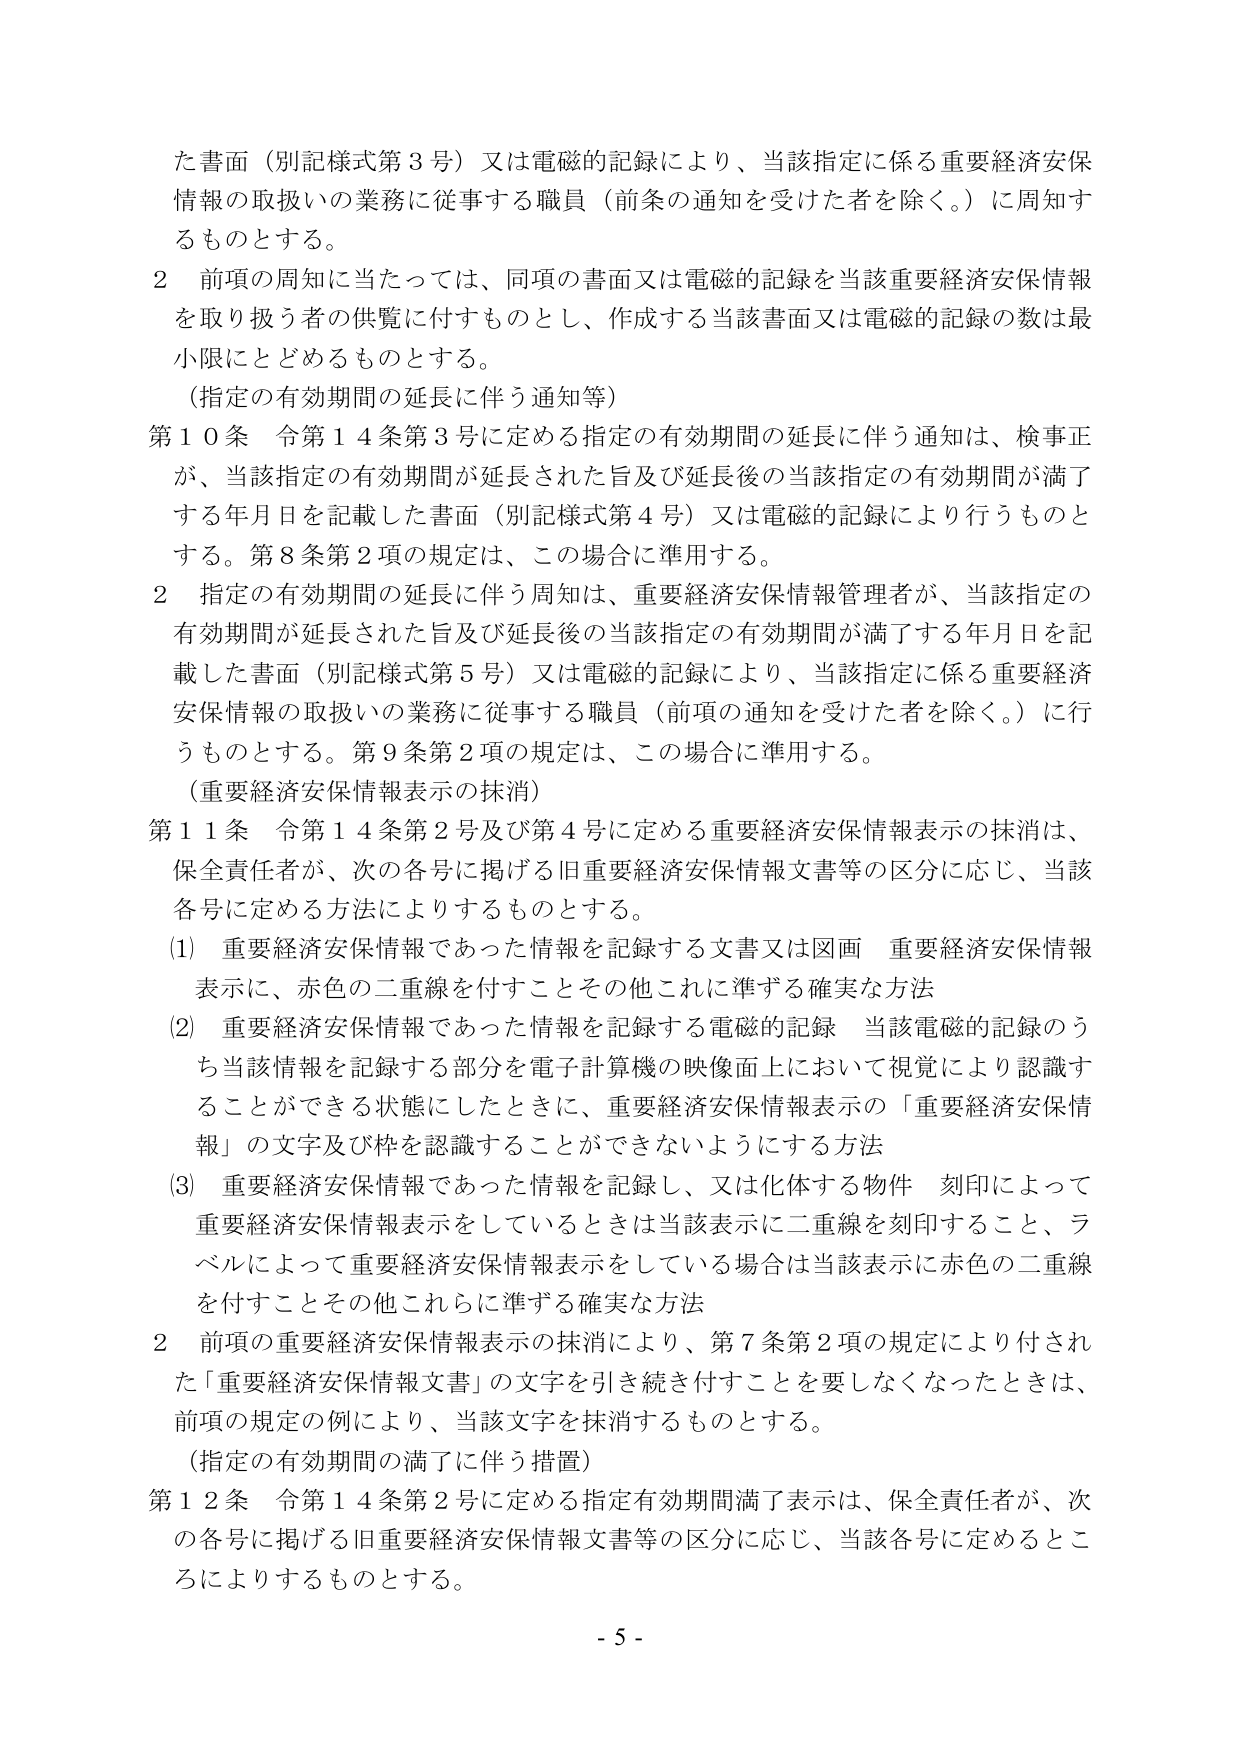
た書面（別記様式第３号）又は電磁的記録により、当該指定に係る重要経済安保情報の取扱いの業務に従事する職員（前条の通知を受けた者を除く。）に周知するものとする。

２ 前項の周知に当たっては、同項の書面又は電磁的記録を当該重要経済安保情報を取り扱う者の供覧に付すものとし、作成する当該書面又は電磁的記録の数は最小限にとどめるものとする。

（指定の有効期間の延長に伴う通知等）

第１０条 令第１４条第３号に定める指定の有効期間の延長に伴う通知は、検事正が、当該指定の有効期間が延長された旨及び延長後の当該指定の有効期間が満了する年月日を記載した書面（別記様式第４号）又は電磁的記録により行うものとする。第８条第２項の規定は、この場合に準用する。

２ 指定の有効期間の延長に伴う周知は、重要経済安保情報管理者が、当該指定の有効期間が延長された旨及び延長後の当該指定の有効期間が満了する年月日を記載した書面（別記様式第５号）又は電磁的記録により、当該指定に係る重要経済安保情報の取扱いの業務に従事する職員（前項の通知を受けた者を除く。）に行うものとする。第９条第２項の規定は、この場合に準用する。

（重要経済安保情報表示の抹消）

第１１条 令第１４条第２号及び第４号に定める重要経済安保情報表示の抹消は、保全責任者が、次の各号に掲げる旧重要経済安保情報文書等の区分に応じ、当該各号に定める方法によりするものとする。

(1) 重要経済安保情報であった情報を記録する文書又は図画 重要経済安保情報表示に、赤色の二重線を付すことその他これに準ずる確実な方法

(2) 重要経済安保情報であった情報を記録する電磁的記録 当該電磁的記録のうち当該情報を記録する部分を電子計算機の映像面上において視覚により認識することができる状態にしたときに、重要経済安保情報表示の「重要経済安保情報」の文字及び枠を認識することができないようにする方法

(3) 重要経済安保情報であった情報を記録し、又は化体する物件 刻印によって重要経済安保情報表示をしているときは当該表示に二重線を刻印すること、ラベルによって重要経済安保情報表示をしている場合は当該表示に赤色の二重線を付すことその他これらに準ずる確実な方法

２ 前項の重要経済安保情報表示の抹消により、第７条第２項の規定により付された「重要経済安保情報文書」の文字を引き続き付すことを要しなくなったときは、前項の規定の例により、当該文字を抹消するものとする。

（指定の有効期間の満了に伴う措置）

第１２条 令第１４条第２号に定める指定有効期間満了表示は、保全責任者が、次の各号に掲げる旧重要経済安保情報文書等の区分に応じ、当該各号に定めるところによりするものとする。

- 5 -